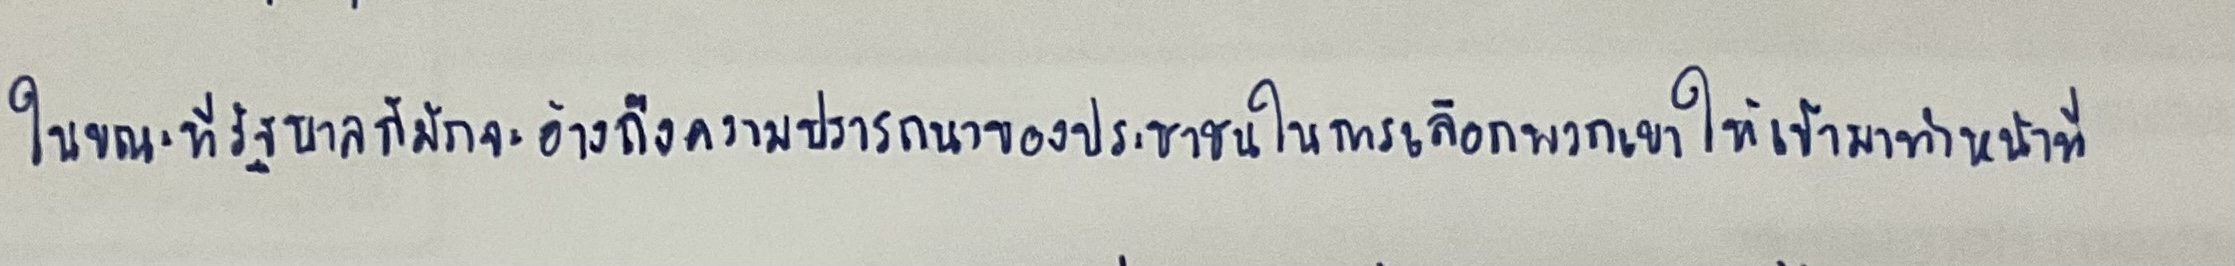
ในขณะที่รัฐบาลก็มักจะอ้างถึงความปรารถนาของประชาชนในการเลือกพวกเขาให้เข้ามาทำหน้าที่